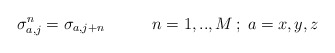
\begin{align*}\sigma_{a,j}^{n}=\sigma_{a,j+n} \hspace{12mm} n=1,..,M \,; \; a=x,y,z\end{align*}